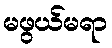
မဖွယ်မရာ